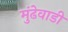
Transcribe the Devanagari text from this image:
मुंढेवाडी